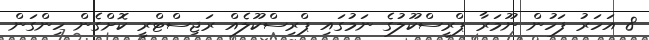
8 އަހަރު ފަހުން ނޫމަރާ ޕްރީސްކޫލުގެ ނަމުގައި ޕްރިސްކޫލެއް ރަޖިސްޓްރީ ކޮށްގެން ހިންގަން